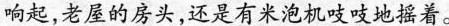
响起，老屋的房头，还是有米泡机吱吱地摇着。